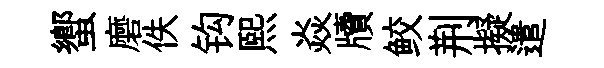
蠁磨佚钩熙焱牘鲛荆擬遣